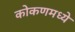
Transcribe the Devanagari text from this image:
कोकणमध्ये